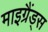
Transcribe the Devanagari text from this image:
माइग्रैंड्स